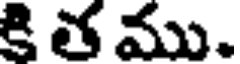
కి త ము.